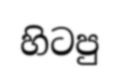
හිටපු